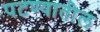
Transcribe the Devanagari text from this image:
पटण्यातील